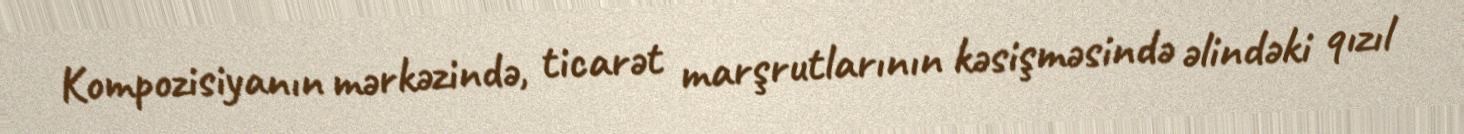
Kompozisiyanın mərkəzində, ticarət marşrutlarının kəsişməsində əlindəki qızıl